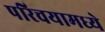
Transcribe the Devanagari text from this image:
परिचयामध्ये